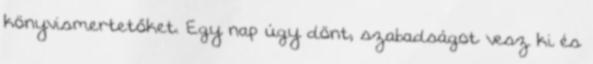
könyvismertetőket. Egy nap úgy dönt, szabadságot vesz ki és